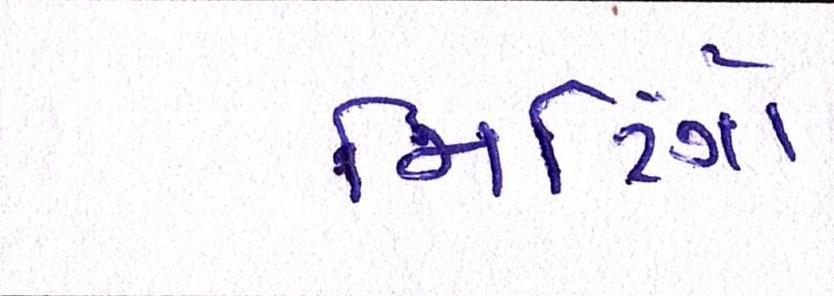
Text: મિટિંગો